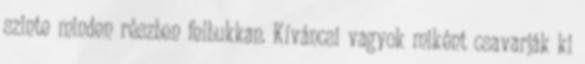
szinte minden részben felbukkan. Kíváncsi vagyok miként csavarják ki